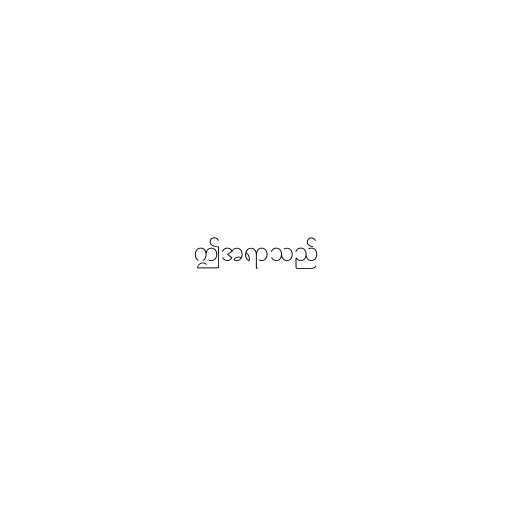
ဤအရာသည်